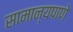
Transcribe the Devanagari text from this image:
सामान्यपाणे